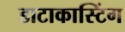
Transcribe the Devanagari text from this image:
डाटाकास्टिंग